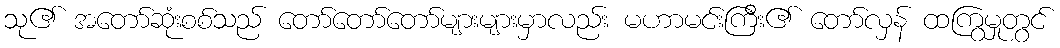
သု၏ အတော်ဆုံးစစ်သည် တော်တော်တော်များများမှာလည်း မဟာမင်းကြီး၏ တော်လှန် ထကြွမှုတွင်